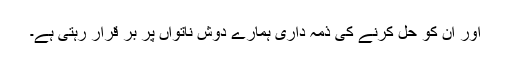
اور ان کو حل کرنے کی ذمہ داری ہمارے دوش ناتواں پر بر قرار رہتی ہے۔